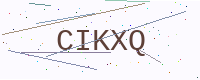
Text: CIKXQ